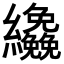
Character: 𦇿